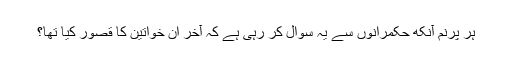
ہر پرنم آنکھ حکمرانوں سے یہ سوال کر رہی ہے کہ آخر ان خواتین کا قصور کیا تھا؟